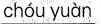
chóu yuàn